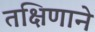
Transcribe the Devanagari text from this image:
तक्षिणाने